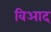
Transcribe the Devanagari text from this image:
विआद